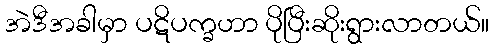
အဲဒီအခါမှာ ပဋိပက္ခဟာ ပိုပြီးဆိုးရွားလာတယ်။